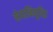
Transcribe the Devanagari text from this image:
सेवानिवृत्‍ति